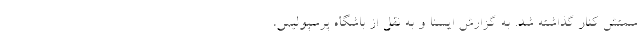
سمتش کنار گذاشته شد. به گزارش ایسنا و به نقل از باشگاه پرسپولیس،